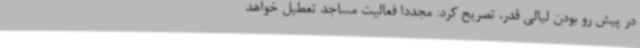
در پیش رو بودن لیالی قدر، تصریح کرد: مجددا فعالیت مساجد تعطیل خواهد